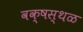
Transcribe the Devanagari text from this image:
वक्षस्थळ